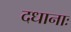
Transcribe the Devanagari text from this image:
दधानाः